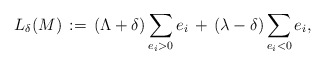
\begin{align*}L_\delta(M)\,:=\,\left(\Lambda+\delta \right)\sum_{e_i>0}e_i\,+\, \left ( \lambda - \delta \right ) \sum_{e_i<0}e_i,\end{align*}